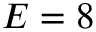
E = 8